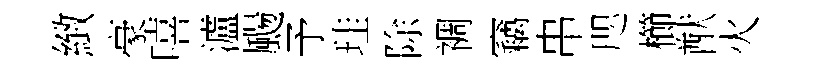
緻豪嘻瀘颺予珪除裯竊串咫櫛猷火